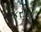
કરીનો